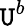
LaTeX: \mathtt{U}^{b}